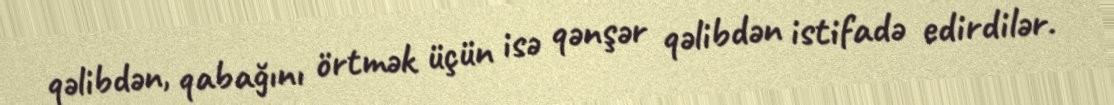
qəlibdən, qabağını örtmək üçün isə qənşər qəlibdən istifadə edirdilər.